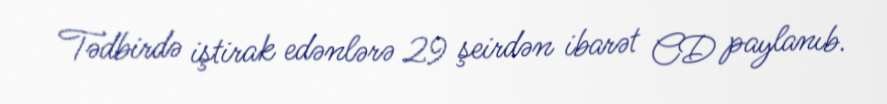
Tədbirdə iştirak edənlərə 29 şeirdən ibarət CD paylanıb.